Statistical return of the lunatic asylum in Assam - 1912-1932
Year: 1912
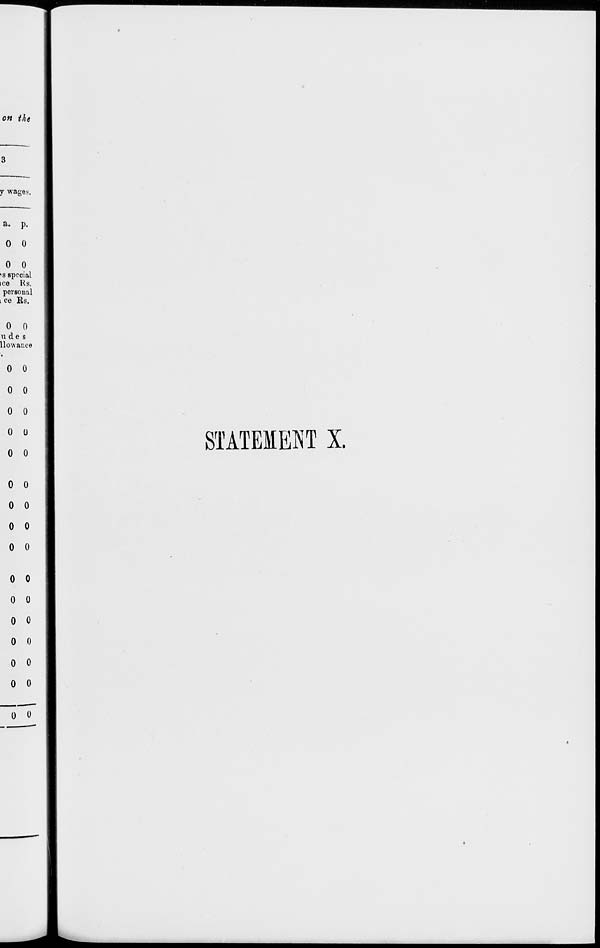
0 0
0 0
0 0
0 0
0 0
0 0
0 0
0 0
0 0
0 0
0 0
0 0
0 0
0 0
0 0
STATEMENT X.
o o